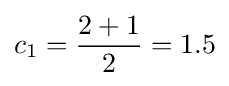
c_{1}={\frac {2+1}{2}}=1.5